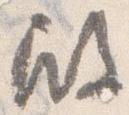
殿